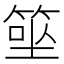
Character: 𥮭